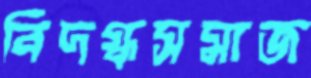
বিদগ্ধসমাজ